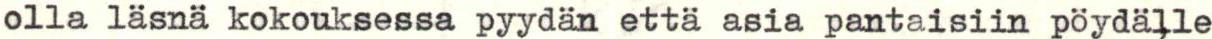
olla läsnä kokouksessa pyydän että asia pantaisiin pöydälle